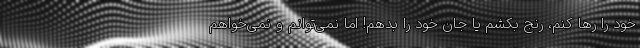
خود را رها کنم، رنج بکشم یا جان خود را بدهم! اما نمی‌توانم و نمی‌خواهم